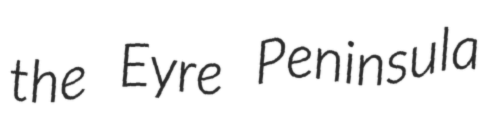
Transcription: the Eyre Peninsula